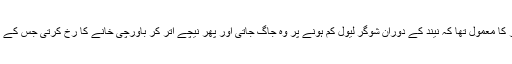
ابھی اسے رات کے کسی پہر دوبارہ آنا تھا کہ اس کا روز کا معمول تھا کہ نیند کے دوران شوگر لیول کم ہونے پر وہ جاگ جاتی اور پھر نیچے اتر کر باورچی خانے کا رخ کرتی جس کے بعد وہ احتیاطاً ماں کے کمرے میں بھی جھانک لیتی تھی۔